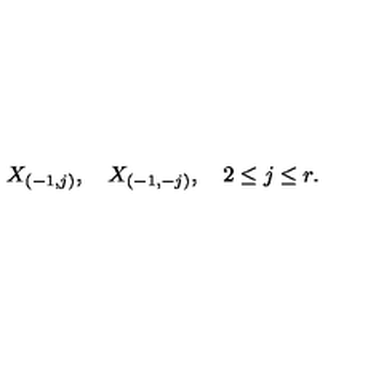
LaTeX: X _ { ( - 1 , j ) } , \quad X _ { ( - 1 , - j ) } , \quad 2 \leq j \leq r .